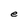
Character: e